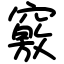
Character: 竅